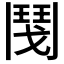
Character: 𩰎